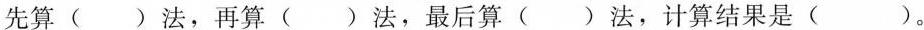
先算()法，再算()法，最后算()法，计算结果是()。